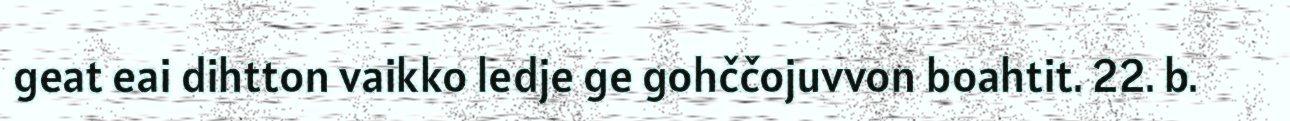
geat eai dihtton vaikko ledje ge gohččojuvvon boahtit. 22. b.